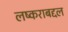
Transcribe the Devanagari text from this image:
लष्कराबद्दल